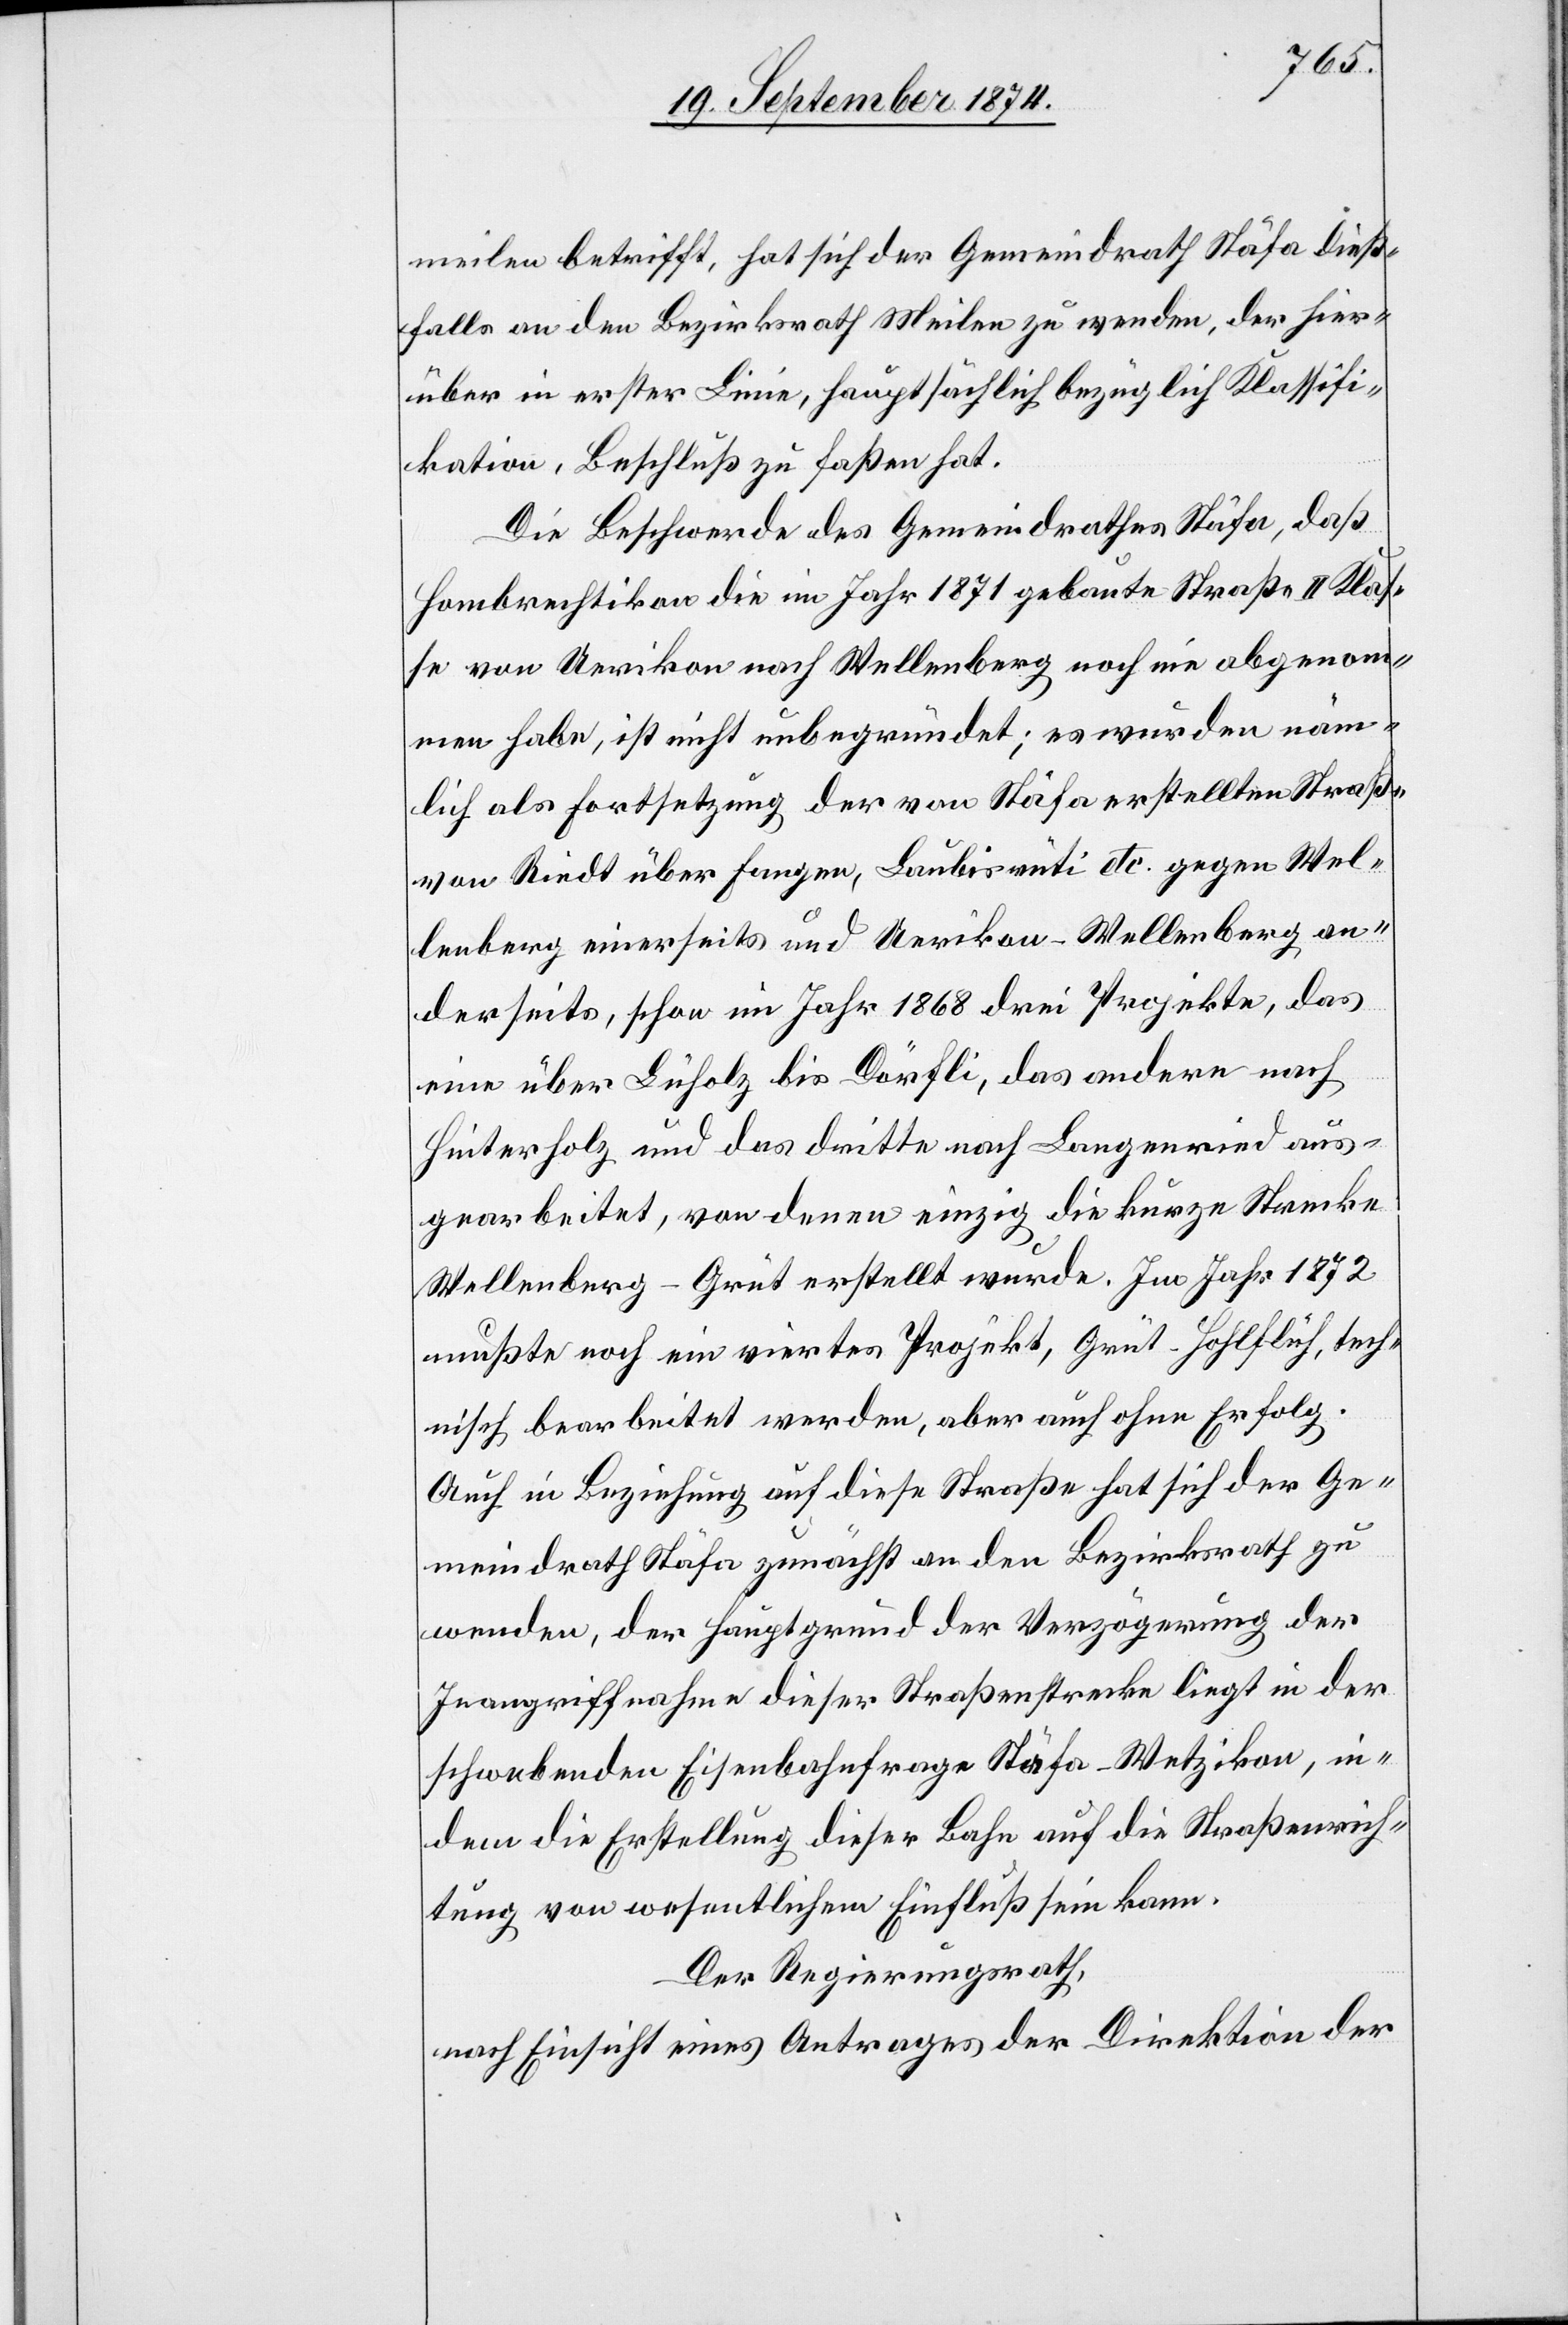
meilen betrifft, hat sich der Gemeindrath Stäfa dieß¬
falls an den Bezirksrath Meilen zu wenden, der hier¬
über in erster Linie, hauptsächlich bezüglich Klassifi¬
kation, Beschluß zu faßen hat.
Die Beschwerde des Gemeindrathes Stäfa, daß
Hombrechtikon die im Jahr 1871 gebaute Straße II. Klas¬
se von Uerikon nach Stellenberg noch nie abgenomm¬
en habe, ist nicht unbegründet; es wurden näm¬
lich als Fortsetzung der von Stäfa erstellten Straße
von Riedt über Fangen, Laubisrüti etc. gegen Wel¬
lenberg einerseits und Uerikon–Wellenberg an¬
derseits, schon im Jahr 1868 drei Projekte, das
eine über Lüholz bis Dörfli, das andere nach
Hinterholz und das dritte nach Langenried aus¬
gearbeitet, von denen einzig die kurze Strecke
Wellenberg–Greut erstellt wurde. Im Jahr 1872
mußte noch ein viertes Projekt, Grüt–Hohlflüh, tech¬
nisch bearbeitet werden, aber auch ohne Erfolg.
Auch in Beziehung auf diese Straße hat sich der Ge¬
meindrath Stäfa zunächst an den Bezirksrath zu
wenden, der Hauptgrund der Verzögerung der
Inangriffnahme dieser Straßenstrecke liegt in der
schwebenden Eisenbahnfrage Stäfa–Wetzikon, in¬
dem die Erstellung dieser Bahn auf die Straßenrich¬
tung von wesentlichem Einfluß sein kann.
Der Regierungsrath,
nach Einsicht eines Antrages der Direktion der